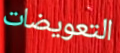
التعويضات